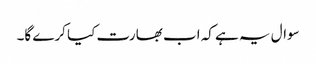
سوال یہ ہے کہ اب بھارت کیا کرے گا۔